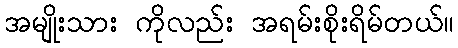
အမျိုးသား ကိုလည်း အရမ်းစိုးရိမ်တယ်။